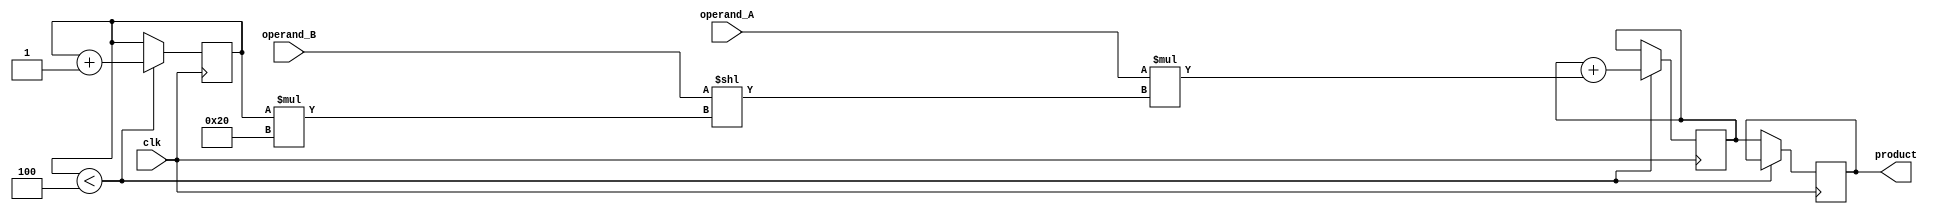
module Radix4_Multiplier (
    input [31:0] operand_A,
    input [31:0] operand_B,
    input clk,
    output reg [63:0] product
);

reg [63:0] partial_product;
reg [3:0] shift_cnt;
reg [1:0] sign_ext;
reg [1:0] overflow;
reg [31:0] shifted_operand_B;

always @(posedge clk) begin
    if (shift_cnt < 4) begin
        shifted_operand_B = operand_B << (shift_cnt * 32);
        partial_product = partial_product + (operand_A * shifted_operand_B);
        shift_cnt = shift_cnt + 1;
    end
    else begin
        product = partial_product;
    end
end

endmodule